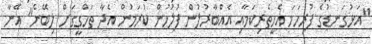
"އަޅުގަނޑުގެ ފުރިހަމަ އެހީތެރިކަމާއި އެއްބާރުލުން ފުލުހުން ކުރަމުން އެދާ ތަހްގީގަށް ލިބޭނެ" އޭނާ